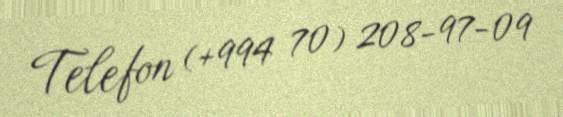
Telefon (+994 70) 208-97-09